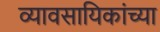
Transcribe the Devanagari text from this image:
व्यावसायिकांच्या